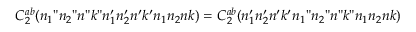
C _ { 2 } ^ { a b } ( n _ { 1 } " n _ { 2 } " n " k " n _ { 1 } ^ { \prime } n _ { 2 } ^ { \prime } n ^ { \prime } k ^ { \prime } n _ { 1 } n _ { 2 } n k ) = C _ { 2 } ^ { a b } ( n _ { 1 } ^ { \prime } n _ { 2 } ^ { \prime } n ^ { \prime } k ^ { \prime } n _ { 1 } " n _ { 2 } " n " k " n _ { 1 } n _ { 2 } n k )